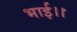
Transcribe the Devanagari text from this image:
भाई।।